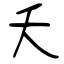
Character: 夭